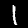
Digit: 1